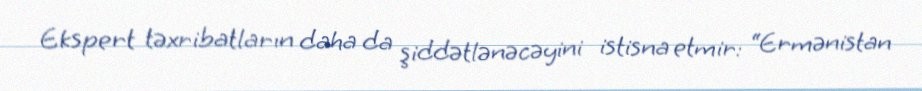
Ekspert təxribatların daha da şiddətlənəcəyini istisna etmir: “Ermənistan